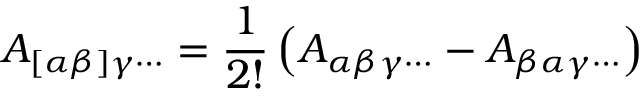
A _ { [ \alpha \beta ] \gamma \cdots } = { \frac { 1 } { 2 ! } } \left( A _ { \alpha \beta \gamma \cdots } - A _ { \beta \alpha \gamma \cdots } \right)